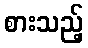
စားသည့်